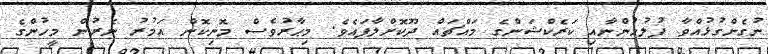
ނުގެންގުޅުއްވާ ފުލުހުންނާއި ކަރެކްޝަންގެ މައްޗައް ދޫކޮށްލާފައެވެ. މިޙާރުވެސް މޮނިކޮން އަމުރު ނެރުން މީހުންގެ